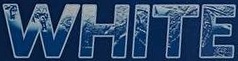
WHITE